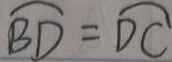
\widehat { B D } = \widehat { D C }